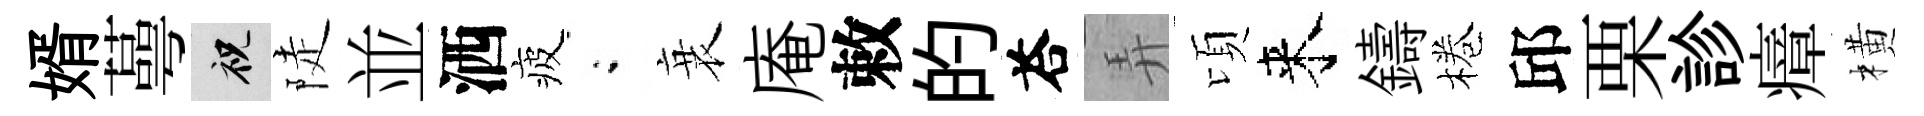
婿蕚祝陡並洒疲閤衰庵敕的荅弄頃来鑄棬邱栗診瘴橫